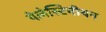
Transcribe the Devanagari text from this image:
पेलेस्टिनीयन